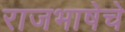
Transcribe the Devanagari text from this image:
राजभाषेचे